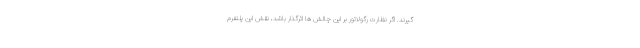
گیرند. اگر نظارت رگولاتور بر این چالش ها اثرگذار باشد، نقش این پلتفرم